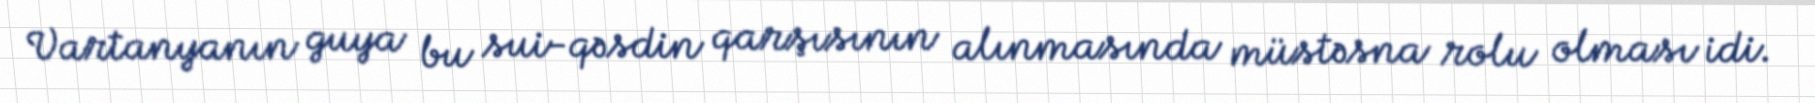
Vartanyanın guya bu sui-qəsdin qarşısının alınmasında müstəsna rolu olması idi.